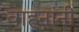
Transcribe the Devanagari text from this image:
वाहनांनी